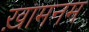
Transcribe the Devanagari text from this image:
ख़ामनम